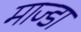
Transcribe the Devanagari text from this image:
माज्डा